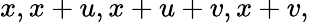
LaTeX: x,x+u,x+u+v,x+v,